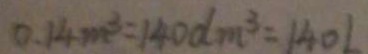
0 . 1 4 m ^ { 3 } = 1 4 0 d m ^ { 3 } = 1 4 0 l